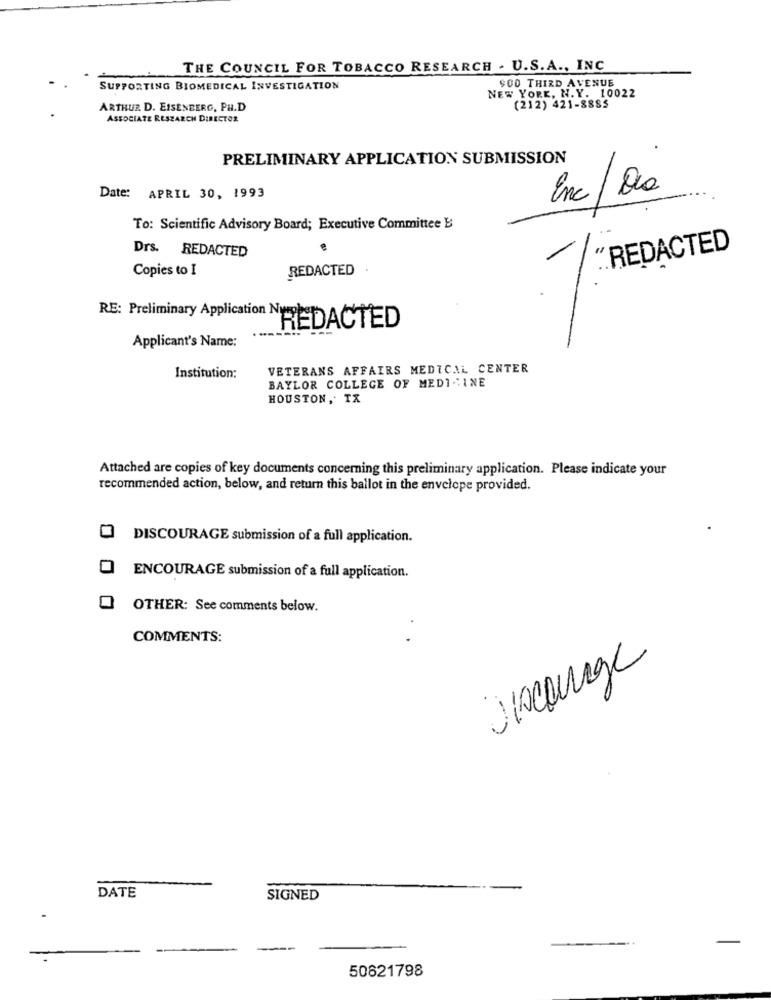
THE COUNCIL FOR TOBACCO RESEARCH . U.S.A ., INC
900 THIRD AVENUE
SUPPORTING BIOMEDICAL INVESTIGATION
NEW YORK, N.Y. 10022
ARTHUR D. EISENBERG, PH.D
(212) 421-8885
ASSOCIATE RESEARCH DIRECTOR
PRELIMINARY APPLICATION SUBMISSION
Date: APRIL 30, 1993
Enc / Dia
To: Scientific Advisory Board; Executive Committee B
Drs. REDACTED
"REDACTED
Copies to I
REDACTED
REDACTED
Applicant's Name:
VETERANS AFFAIRS MEDICAL CENTER
Institution:
BAYLOR COLLEGE OF MEDICINE
HOUSTON, TX
Attached are copies of key documents concerning this preliminary application. Please indicate your
recommended action, below, and return this ballot in the envelope provided.
DISCOURAGE submission of a full application.
ENCOURAGE submission of a full application.
OTHER: See comments below.
COMMENTS:
Vicarage
DATE
SIGNED
50821798